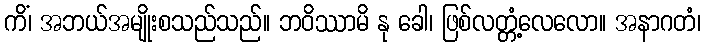
ကိံ၊ အဘယ်အမျိုးစသည်သည်။ ဘဝိဿာမိ နု ခေါ၊ ဖြစ်လတ္တံ့လေလော။ အနာဂတံ၊